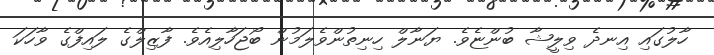
ހާލުގައި އިނދެ ވިލީޝާ ބުންޏެވެ. ޔަނާލް ހިނިތުންވެލަމުން ބޯޖަހާލިއެވެ. ފާޒިލްގެ ލައިފްގެ ވާހަކަ